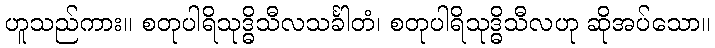
ဟူသည်ကား။ စတုပါရိသုဒ္ဓိသီလသင်္ခါတံ၊ စတုပါရိသုဒ္ဓိသီလဟု ဆိုအပ်သော။